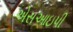
એસઆઇપી